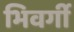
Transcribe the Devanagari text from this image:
भिवर्गी